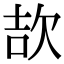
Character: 欯